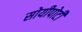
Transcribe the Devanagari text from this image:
सोयीपोटी